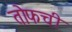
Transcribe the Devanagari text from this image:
तोफची